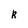
Character: R